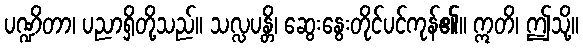
ပဏ္ဍိတာ၊ ပညာရှိတို့သည်။ သလ္လပန္တိ၊ ဆွေးနွေးတိုင်ပင်ကုန်၏။ ဣတိ၊ ဤသို့။